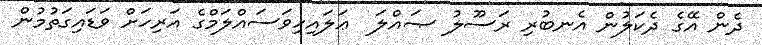
ދެން އޭގެ ދެކަލުން އެނބުރި ރަސޫލު ޞައްލަ  ޢަލައިހިވަސައްލަމްގެ އަރިހަށް ވަޑައިގަތުމުން